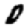
Digit: 0